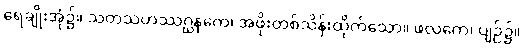
ရေချိုးအုံ၌။ သတသဟဿဂ္ဃနကေ၊ အဖိုးတစ်သိန်းထိုက်သော။ ဖလကေ၊ ပျဉ်၌။